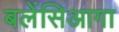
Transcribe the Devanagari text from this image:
बलेंसिआगा